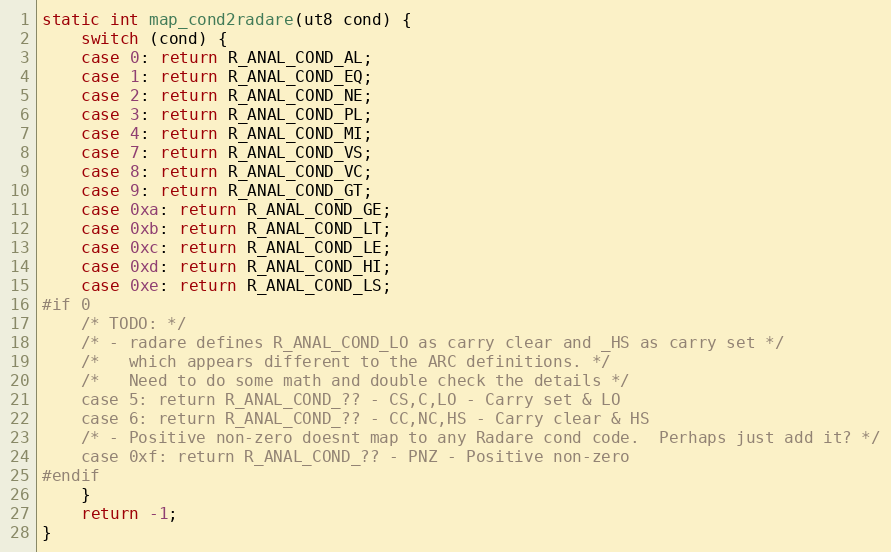
Language: C
static int map_cond2radare(ut8 cond) {
	switch (cond) {
	case 0: return R_ANAL_COND_AL;
	case 1: return R_ANAL_COND_EQ;
	case 2: return R_ANAL_COND_NE;
	case 3: return R_ANAL_COND_PL;
	case 4: return R_ANAL_COND_MI;
	case 7: return R_ANAL_COND_VS;
	case 8: return R_ANAL_COND_VC;
	case 9: return R_ANAL_COND_GT;
	case 0xa: return R_ANAL_COND_GE;
	case 0xb: return R_ANAL_COND_LT;
	case 0xc: return R_ANAL_COND_LE;
	case 0xd: return R_ANAL_COND_HI;
	case 0xe: return R_ANAL_COND_LS;
#if 0
	/* TODO: */
	/* - radare defines R_ANAL_COND_LO as carry clear and _HS as carry set */
	/*   which appears different to the ARC definitions. */
	/*   Need to do some math and double check the details */
	case 5: return R_ANAL_COND_?? - CS,C,LO - Carry set & LO
	case 6: return R_ANAL_COND_?? - CC,NC,HS - Carry clear & HS
	/* - Positive non-zero doesnt map to any Radare cond code.  Perhaps just add it? */
	case 0xf: return R_ANAL_COND_?? - PNZ - Positive non-zero
#endif
	}
	return -1;
}